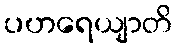
ပဟရေယျာတိ